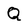
Character: Q